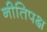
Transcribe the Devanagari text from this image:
नीतिपक्ष